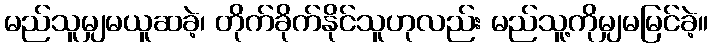
မည်သူမျှမယူဆခဲ့၊ တိုက်ခိုက်နိုင်သူဟုလည်း မည်သူ့ကိုမျှမမြင်ခဲ့။